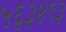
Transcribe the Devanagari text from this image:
५६३४९३